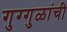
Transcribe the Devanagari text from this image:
गुग्गुळांची